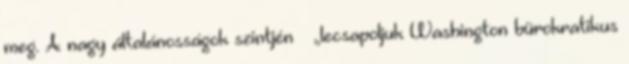
meg. A nagy általánosságok szintjén – „lecsapoljuk Washington bürokratikus